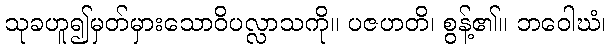
သုခဟူ၍မှတ်မှားသောဝိပလ္လာသကို။ ပဇဟတိ၊ စွန့်၏။ ဘဝေါဃံ၊